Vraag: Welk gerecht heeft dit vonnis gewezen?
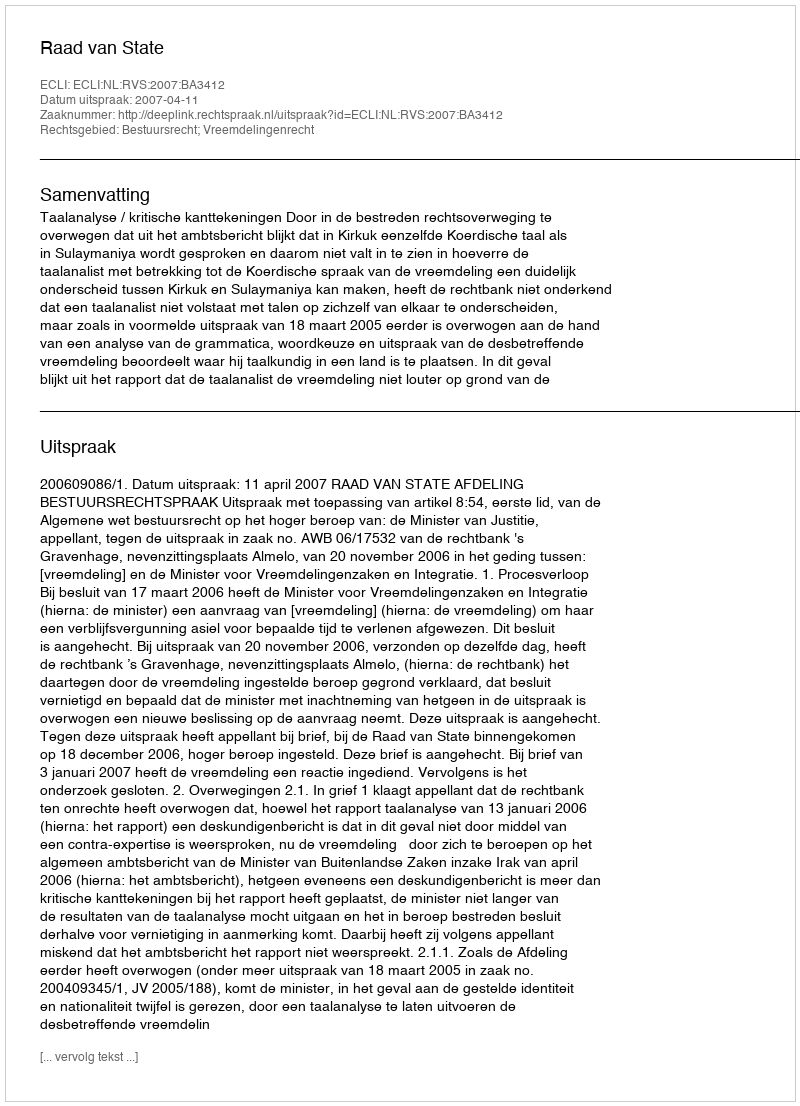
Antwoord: Raad van State